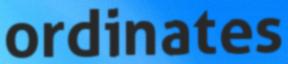
ordinates